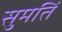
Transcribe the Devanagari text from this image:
सुमतिं